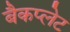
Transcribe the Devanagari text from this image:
बैकप्लेट